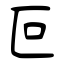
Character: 叵